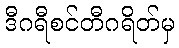
ဒီဂရီစင်တီဂရိတ်မှ